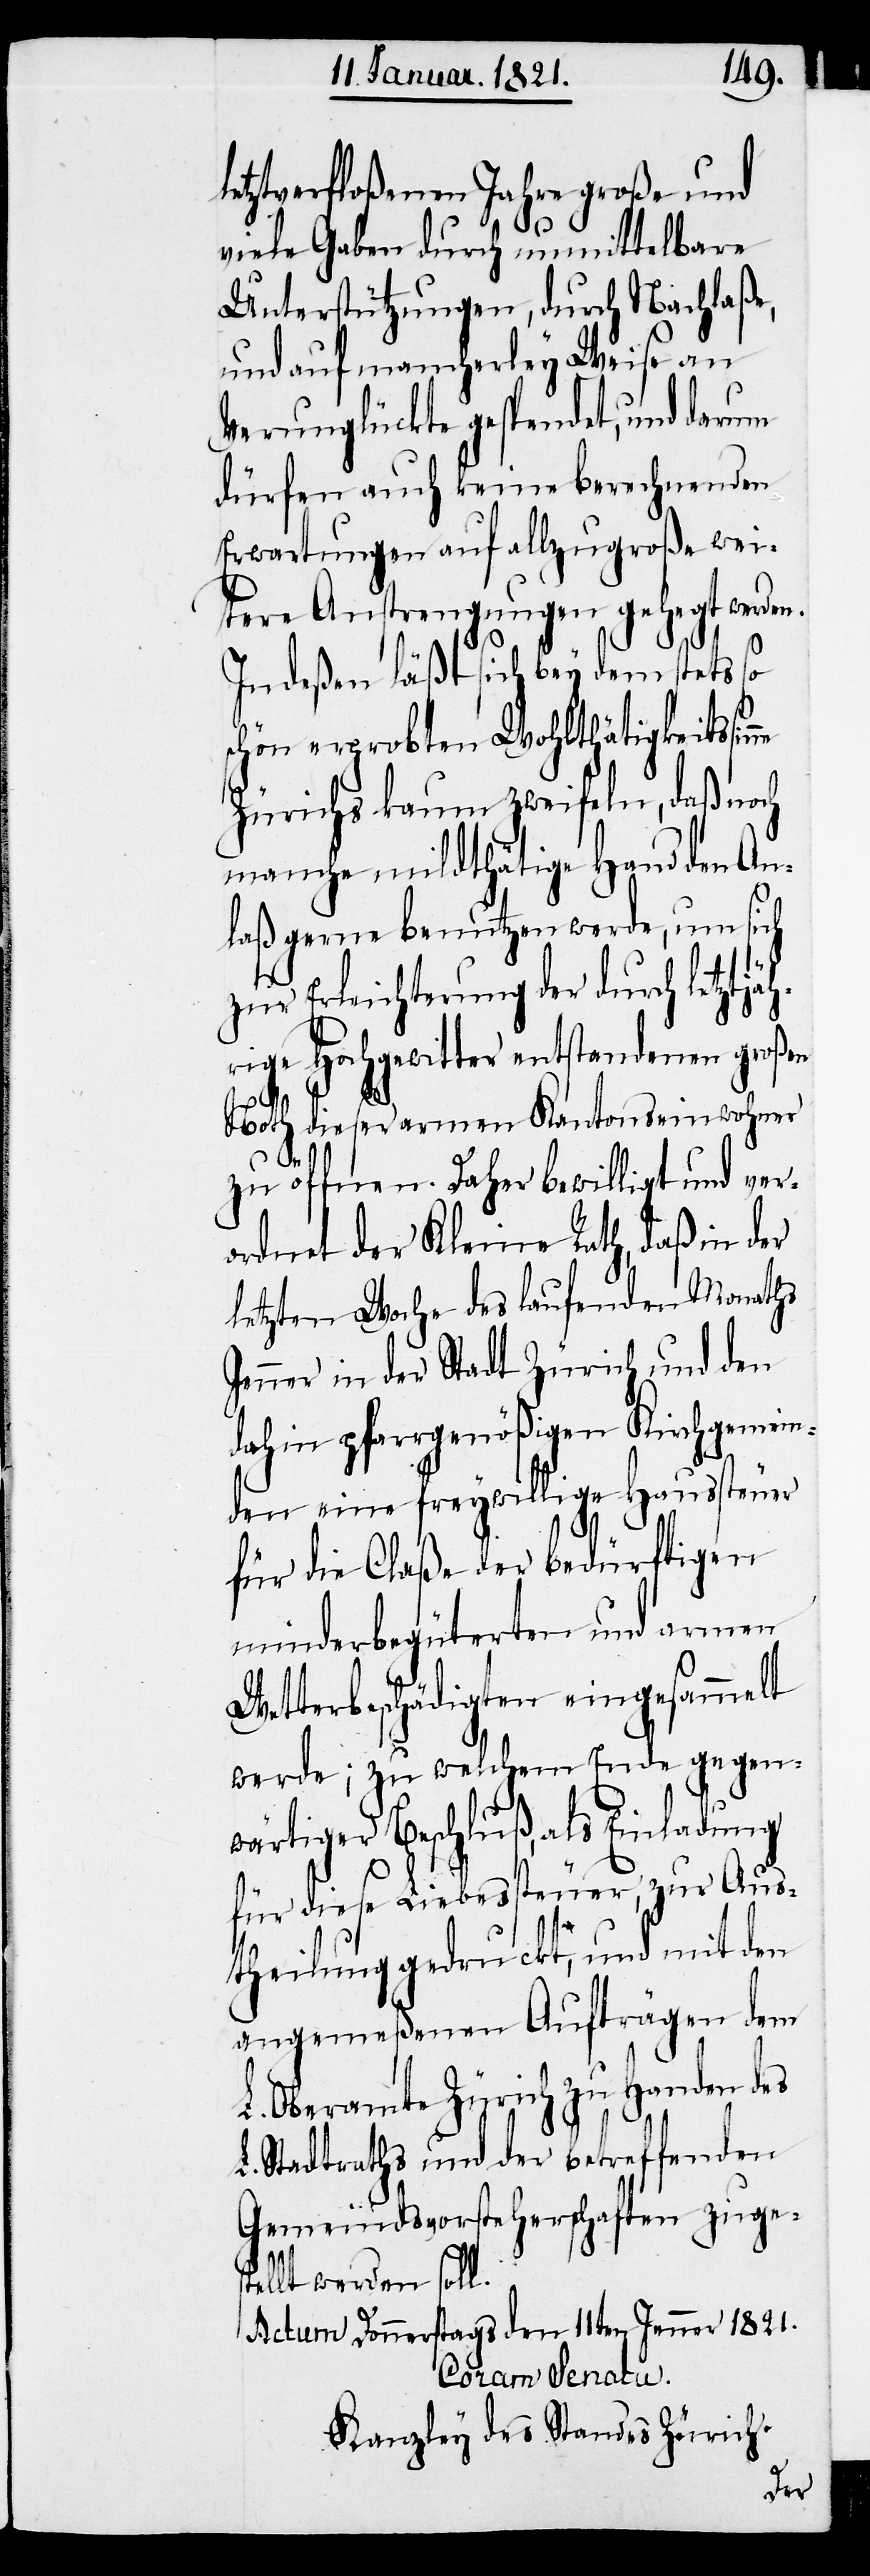
letztverfloßenen Jahre große und
viele Gaben durch unmittelbare
Unterstützungen, durch Nachlaße,
und auf mancherley Weise an
Verunglückte gespendet, und darum
dürfen auch keine berechnenden
Erwartungen auf allzugroße wei¬
tere Anstrengungen gelegt werden.
Indeßen läßt sich bey dem stets so
schön erprobten Wohltätigkeitssin¬
Zürichs kaum zweifeln, daß noch
manche mildthätige Hand den An¬
laß gerne benutzen werde, um sich
zur Erleichterung der durch letztjäh¬
rige Hochgewitter entstandenen großen
n
Noth dieser armen Kantonseinwohner
zu öffnen. Daher bewilligt und ver¬
ordnet der Kleine Rath, daß in der
letzten Woche des laufenden Monaths
Jenner in der Stadt Zürich und den
dahin pfarrgenößigen Kirchgemein¬
den eine freywillige Haussteuer
für die Claße der Bedürftigen
minderbegüterten und armen
Wetterbeschädigten eingesammelt
werde; zu welchem Ende gegen¬
wärtiger Beschluß, als Einladung
für diese Liebessteuer, zur Aus¬
theilung gedruckt, und mit den
angemeßenen Aufträgen dem
L. Oberamte Zürich zu Handen des
L. Stadtraths und der betreffenden
Gemeindsvorsteherschaften zuge¬
stellt werden soll.
Actum Donnerstags den 11ten Jenner 1821.
Coram Senatu.
Kanzley des Standes Zürich.